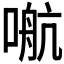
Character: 𰈙